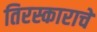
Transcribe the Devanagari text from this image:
तिरस्काराचे